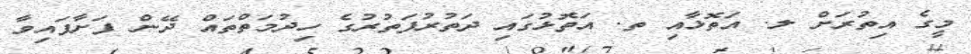
މީގެ އިތުރަށް ލ. އަތޮޅާއި ތ. އަތޮޅުގައި ދަތުރުފަތުރުގެ ހިދުމަތްތައް ދޭން ފަށާފައިވާ